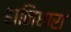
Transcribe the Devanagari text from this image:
हानिधारा